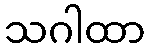
သဂါထာ